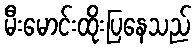
မီးမောင်းထိုးပြနေသည်